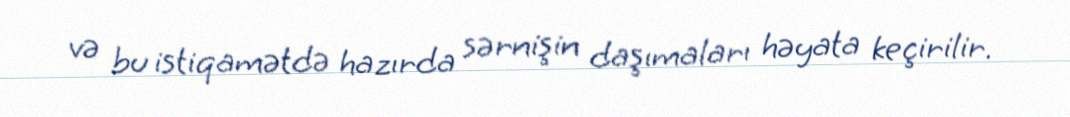
və bu istiqamətdə hazırda sərnişin daşımaları həyata keçirilir.